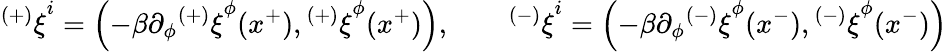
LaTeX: {^{(+)}\xi}^{i}=\left(-\beta\partial_{\phi}{^{(+)}\xi}^{\phi}(x^{+}),{^{(+)}\xi}^{\phi}(x^{+})\right),\qquad{^{(-)}\xi}^{i}=\left(-\beta\partial_{\phi}{^{(-)}\xi}^{\phi}(x^{-}),{^{(-)}\xi}^{\phi}(x^{-})\right)